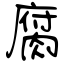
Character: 腐